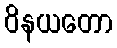
ဝိနယတော